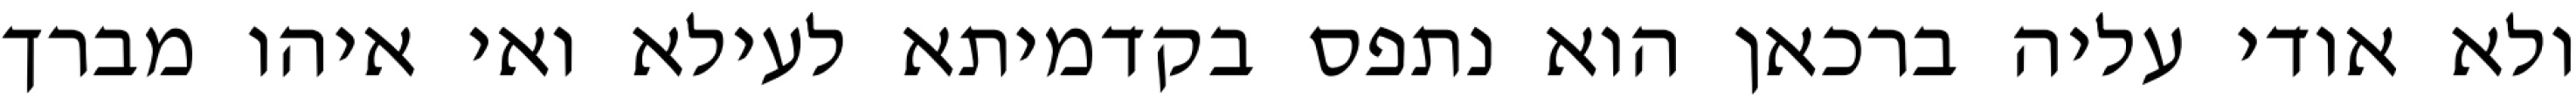
ולא אודי עליה ברכאן הוא נתפס בקדמיתא לעילא ואי איהו מברך